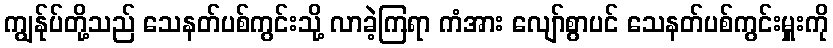
ကျွန်ုပ်တို့သည် သေနတ်ပစ်ကွင်းသို့ လာခဲ့ကြရာ ကံအား လျော်စွာပင် သေနတ်ပစ်ကွင်းမှူးကို